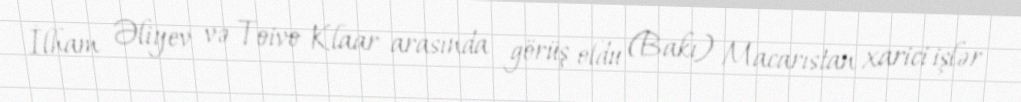
İlham Əliyev və Toivo Klaar arasında görüş oldu (Bakı) Macarıstan xarici işlər